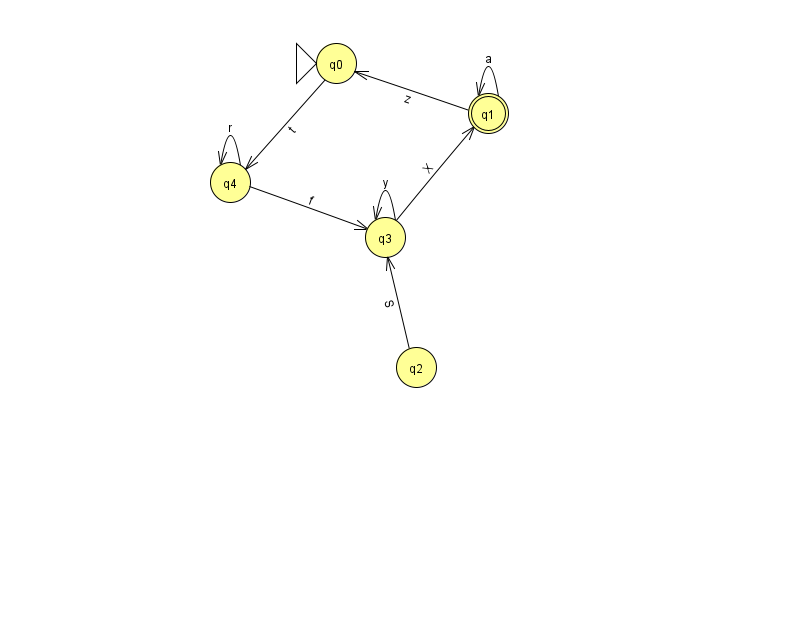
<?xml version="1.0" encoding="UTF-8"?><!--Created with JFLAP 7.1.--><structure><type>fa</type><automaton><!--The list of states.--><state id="0" name="q0"><x>336.0</x><y>50.0</y><initial/></state><state id="1" name="q1"><x>488.0</x><y>100.0</y><final/></state><state id="2" name="q2"><x>416.0</x><y>354.0</y></state><state id="3" name="q3"><x>385.0</x><y>224.0</y></state><state id="4" name="q4"><x>230.0</x><y>169.0</y></state><!--The list of transitions.--><transition><from>1</from><to>1</to><read>a</read></transition><transition><from>4</from><to>4</to><read>r</read></transition><transition><from>3</from><to>1</to><read>X</read></transition><transition><from>3</from><to>3</to><read>y</read></transition><transition><from>1</from><to>0</to><read>z</read></transition><transition><from>2</from><to>3</to><read>S</read></transition><transition><from>0</from><to>4</to><read>t</read></transition><transition><from>4</from><to>3</to><read>f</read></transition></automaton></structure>